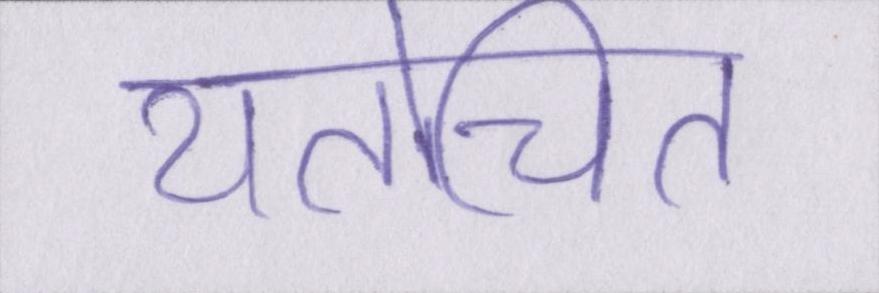
यतोचित